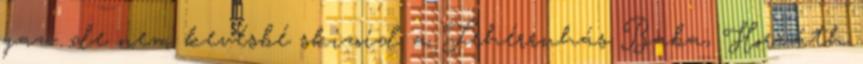
gaz- de nem kevésbé skizoid a Fehérruhás Baba, Horváth